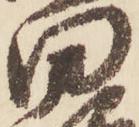
田